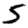
Digit: 5